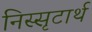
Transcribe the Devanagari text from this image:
निस्सृटार्थ